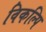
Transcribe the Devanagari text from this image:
विकल्पि